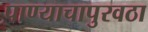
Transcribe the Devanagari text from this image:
पाण्याचापुरवठा